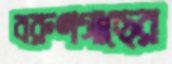
বরুণগাছের